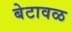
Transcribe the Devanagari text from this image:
बेटावळ